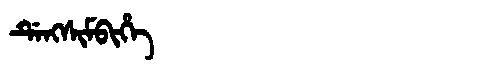
Manchu: ᡩᡝᠩᠰᡳᠮᠪᡳᡥᡝ
Romanization: DENGSIMBIHE